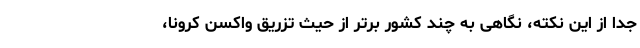
جدا از این نکته، نگاهی به چند کشور برتر از حیث تزریق واکسن کرونا،